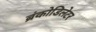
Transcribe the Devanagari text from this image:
ब्रंकोडिलेटर